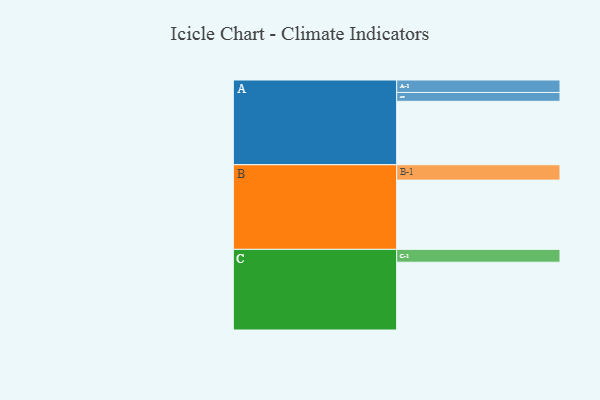
{"axis": {"x": "Segment", "y": "Value"}, "legend": ["", "A", "B", "C"], "data": [{"x": "A", "y": 524, "type": ""}, {"x": "B", "y": 572, "type": ""}, {"x": "C", "y": 560, "type": ""}, {"x": "A-1", "y": 103, "type": "A"}, {"x": "A-2", "y": 73, "type": "A"}, {"x": "B-1", "y": 127, "type": "B"}, {"x": "C-1", "y": 106, "type": "C"}]}